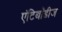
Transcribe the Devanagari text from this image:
एंटिबॉडीज